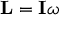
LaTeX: \mathbf { L } = \mathbf { I } \omega